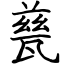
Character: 甆